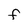
Character: F